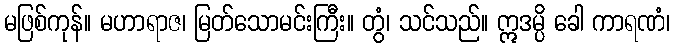
မဖြစ်ကုန်။ မဟာရာဇ၊ မြတ်သောမင်းကြီး။ တွံ၊ သင်သည်။ ဣဒမ္ပိ ခေါ ကာရဏံ၊